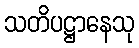
သတိပဋ္ဌာနေသု